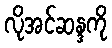
လိုအင်ဆန္ဒကို